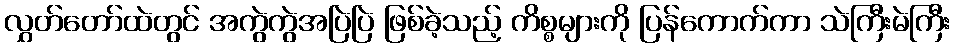
လွှတ်တော်ထဲတွင် အကွဲကွဲအပြဲပြဲ ဖြစ်ခဲ့သည့် ကိစ္စများကို ပြန်ကောက်ကာ သဲကြီးမဲကြီး